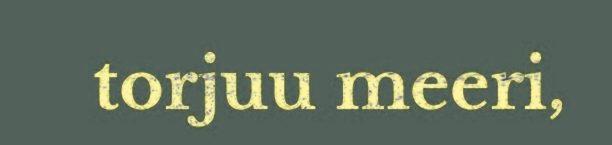
torjuu meeri,